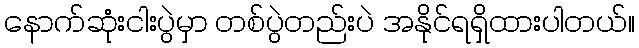
နောက်ဆုံးငါးပွဲမှာ တစ်ပွဲတည်းပဲ အနိုင်ရရှိထားပါတယ်။